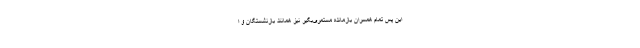
این پس تمام همسران بازمانده مستمری‌بگیر نیز همانند بازنشستگان و ا